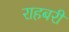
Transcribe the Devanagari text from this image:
राहबरी